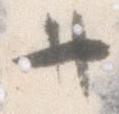
廿